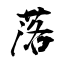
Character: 落